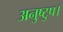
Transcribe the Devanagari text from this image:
अनुष्टुप।